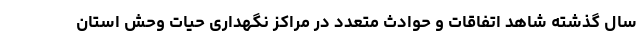
سال گذشته شاهد اتفاقات و حوادث متعدد در مراکز نگهداری حیات وحش استان